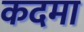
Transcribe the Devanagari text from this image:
कदमा